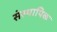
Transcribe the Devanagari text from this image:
संस्थापिक